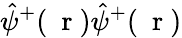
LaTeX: \hat{\psi}^{+}(\mathrm{~\mathbf~r~})\hat{\psi}^{+}(\mathrm{~\mathbf~r~})